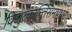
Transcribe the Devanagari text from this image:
विद्युत्कान्तिसमप्रभम्।